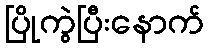
ပြိုကွဲပြီးနောက်